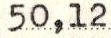
50,12